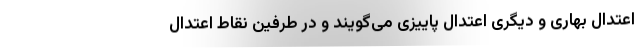
اعتدال بهاری و دیگری اعتدال پاییزی می‌گویند و در طرفین نقاط اعتدال